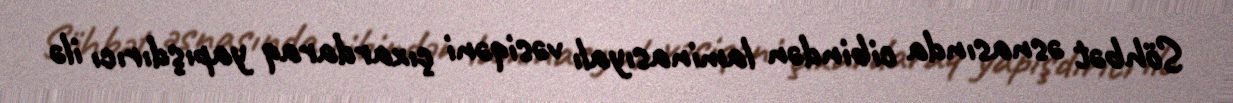
Söhbət əsnasında cibindən laminasıyalı vəsiqəni çıxardaraq yapışdırıcı ilə